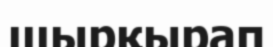
шырқырап